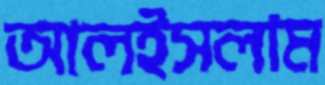
আলইসলাম